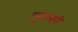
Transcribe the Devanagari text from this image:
श्यूजबरी